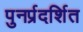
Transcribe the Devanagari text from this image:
पुनर्प्रदर्शित